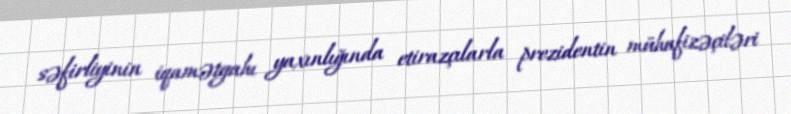
səfirliyinin iqamətgahı yaxınlığında etirazçılarla prezidentin mühafizəçiləri